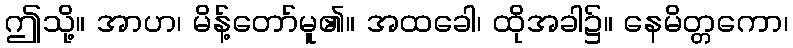
ဤသို့။ အာဟ၊ မိန့်တော်မူ၏။ အထခေါ၊ ထိုအခါ၌။ နေမိတ္တကော၊